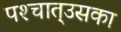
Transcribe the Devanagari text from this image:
पश्‍चात्‌उसका